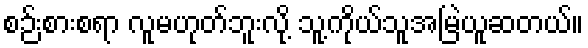
စဉ်းစားစရာ လူမဟုတ်ဘူးလို့ သူ့ကိုယ်သူအမြဲယူဆတယ်။